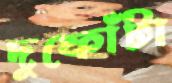
দুফোঁটা